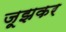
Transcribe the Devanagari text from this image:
जूझकर